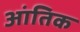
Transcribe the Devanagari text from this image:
आंतिक